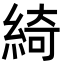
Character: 綺